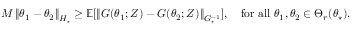
\begin{array} { r } { M \left\lVert \theta _ { 1 } - \theta _ { 2 } \right\rVert _ { H _ { \star } } \ge \operatorname { \mathbb E } [ \left\lVert G ( \theta _ { 1 } ; Z ) - G ( \theta _ { 2 } ; Z ) \right\rVert _ { G _ { \star } ^ { - 1 } } ] , \quad \mathrm { f o r ~ a l l ~ } \theta _ { 1 } , \theta _ { 2 } \in \Theta _ { r } ( \theta _ { \star } ) . } \end{array}